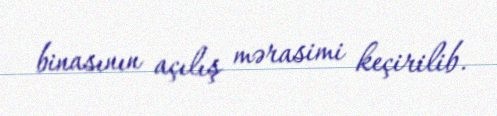
binasının açılış mərasimi keçirilib.